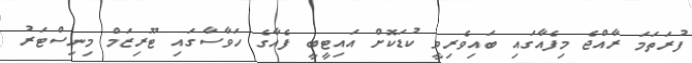
ފުރަތަމަ ރާއްޖެ މިފެއާގައި ބައިވެރިވީ ކުޑަކޮށް އައިޓީބީ ފެއާގެ ހަވާސާގައި ޓޫރިޒަމް މިނިސްޓަރު